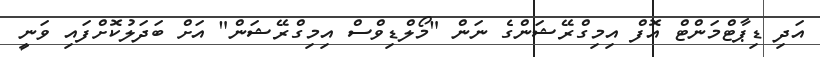
އަދި ޑިޕާޓްމަންޓް އޮފް އިމިގްރޭޝަންގެ ނަން "މޯލްޑިވްސް އިމިގްރޭޝަން" އަށް ބަދަލުކޮށްފައި ވަނީ